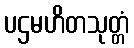
ပဌမဟိတသုတ္တံ